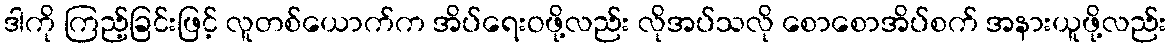
ဒါကို ကြည့်ခြင်းဖြင့် လူတစ်ယောက်က အိပ်ရေးဝဖို့လည်း လိုအပ်သလို စောစောအိပ်စက် အနားယူဖို့လည်း